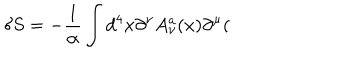
LaTeX: \delta S = - \frac 1 \alpha \int d ^ { 4 } x \partial ^ { \nu } A _ { \nu } ^ { a } ( x ) \partial ^ { \mu } (